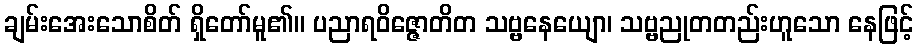
ချမ်းအေးသောစိတ် ရှိတော်မူ၏။ ပညာရဝိဇ္ဇောတိတ သဗ္ဗနေယျော၊ သဗ္ဗညုတတည်းဟူသော နေဖြင့်